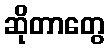
ဆိုတာတွေ